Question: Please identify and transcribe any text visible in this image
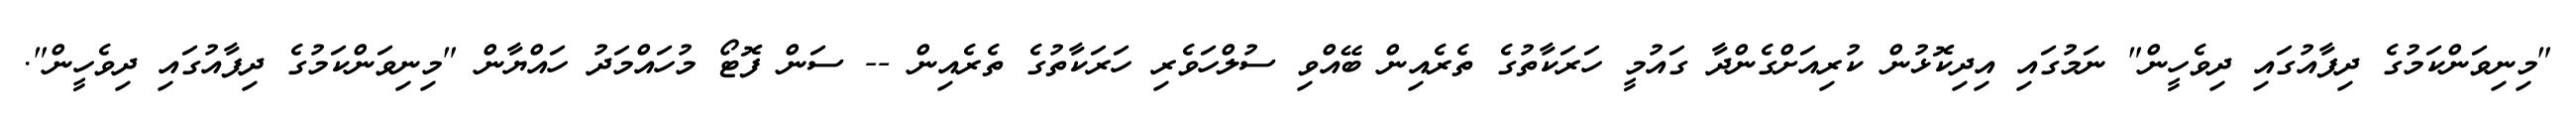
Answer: "މިނިވަންކަމުގެ ދިފާއުގައި ދިވެހީން" ނަމުގައި އިދިކޮޅުން ކުރިއަށްގެންދާ ގައުމީ ހަރަކާތުގެ ތެރެއިން ބޭއްވި ސުލްހަވެރި ހަރަކާތުގެ ތެރެއިން -- ސަން ފޮޓޯ މުހައްމަދު ހައްޔާން "މިނިވަންކަމުގެ ދިފާއުގައި ދިވެހީން".